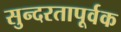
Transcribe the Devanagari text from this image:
सुन्दरतापूर्वक